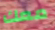
معك